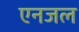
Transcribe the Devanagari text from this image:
एनजल